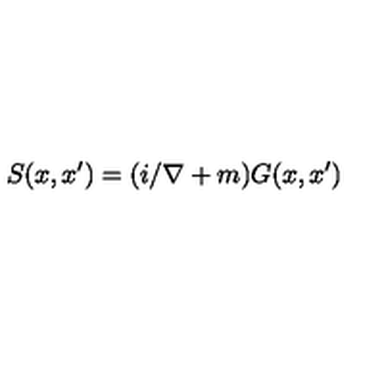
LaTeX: S ( x , x ^ { \prime } ) = ( i / \nabla + m ) G ( x , x ^ { \prime } )